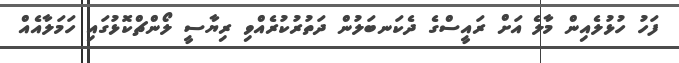
ފަހު ހުޅުލެއިން މާލެ އަށް ރައީސްގެ ދެކަނބަލުން ދަތުރުކުރެއްވި ރިޔާސީ ލޯންޗްކޮޅުގައި ހަމަލާއެއް